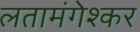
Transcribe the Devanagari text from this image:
लतामंगेश्कर